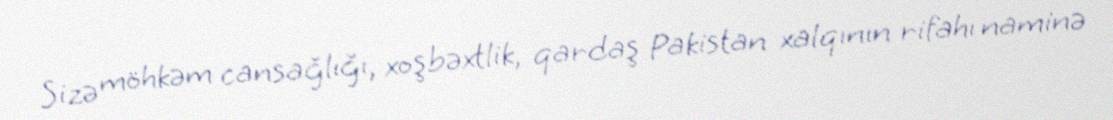
Sizə möhkəm cansağlığı, xoşbəxtlik, qardaş Pakistan xalqının rifahı naminə